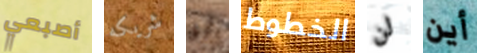
أصبعي شريكه لو الخطوط لن أين